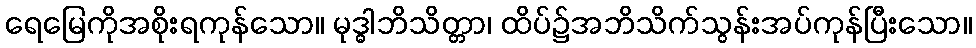
ရေမြေကိုအစိုးရကုန်သော။ မုဒ္ဓါဘိသိတ္တာ၊ ထိပ်၌အဘိသိက်သွန်းအပ်ကုန်ပြီးသော။